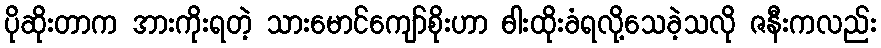
ပိုဆိုးတာက အားကိုးရတဲ့ သားမောင်ကျော်စိုးဟာ ဓါးထိုးခံရလို့သေခဲ့သလို ဇနီးကလည်း